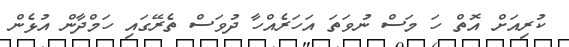
ކުރިއަށް އޮތް ހަ މަސް ނުވަތަ އަހަރެއްހާ ދުވަސް ތެރޭގައި ހަމްދާން އުޅެން